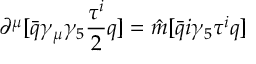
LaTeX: \partial ^ { \mu } [ \bar { q } \gamma _ { \mu } \gamma _ { 5 } { \frac { \tau ^ { i } } { 2 } } q ] = { \hat { m } } [ \bar { q } i \gamma _ { 5 } \tau ^ { i } q ]